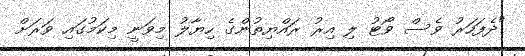
"ދެފަހަރު ވެސް ވޯޓު ލި އިރު ރައްޔިތުންގެ ހިޔާލު މިވަނީ މިކަމުގައި ވަރަށް